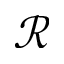
\mathcal { R }